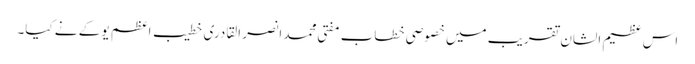
اس عظیم الشان تقریب میں خصوصی خطاب مفتی محمد انصر القادری خطیب اعظم یو کے نے کیا۔